Vaccination in Bombay 1889-1901 - 1889-1901
Year: 1889
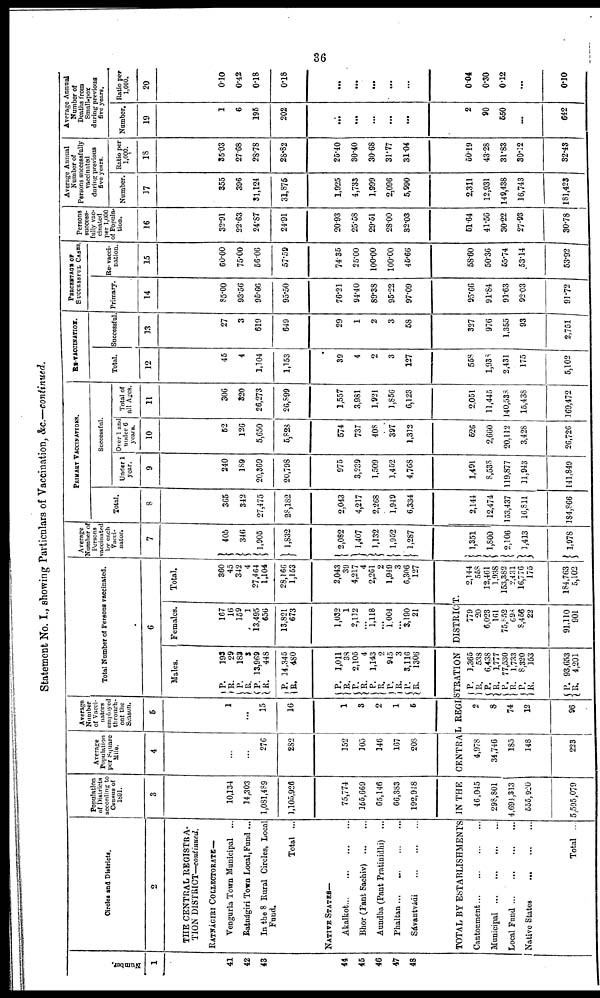
36
Statement No. I., showing Particulars of Vaccination, &c.—continued.
Number.
1
41
42
43
44
45
46
47
48
Circles and Districts.
2
THE CENTRAL REGISTRA-
TION DISTRICT—continued.
RATNÁGIRI COLLECTORATE—
Vengurla Town Municipal ...
Ratnágiri Town Local,Fund ...
In the 8 Rural Circles, Local
Fund.
Total ...
NATIVE STATES—
Akalkot...
...
...
...
Bhor (Pant Sachiv)
...
...
Aundba (Pant Pratinidhi) ...
Phaltan ... ... ... ...
Sávantvádi
...
...
...
Population
of Districts
according to
Census of
1891.
3
10,134
14,303
1,081,489
1,105,926
75,774
155,669
65,146
66,383
192,948
Average
Population
per Square
Mile.
4
...
...
276
282
152
105
146
167
208
Average
Number
of Vacci¬
nators
employed
through-
out the
Season.
5
1
...
15
16
1
3
2
1
6
Total Number of Persons vaccinated.
6
Males.
P.
R.
P.
R.
P.
R.
P.
R.
P.
R.
P.
R.
P.
R.
P.
R.
P.
R.
193
29
183
3
13,969
448
14,345
480
1,011
38
2,105
4
1,143
2
945
3
3,116
1306
Females.
167
16
159
1
13,495
656
13,821
673
1,032
1
2,112
...
1,118
...
1,004
...
3,190
21
Total.
360
45
342
4
27,464
1,104
28,166
1,153
2,043
39
4,217
4
2,261
2
1,949
3
6,306
127
TOTAL BY ESTABLISHMENTS IN THE CENTRAL REGISTRATION DISTRICT.
Cantonment
...
...
...
...
Municipal
...
...
...
...
Local Fund
...
...
...
...
Native States
...
...
...
Total ...
46,045
298,801
4,694,313
555,920
5,595,079
4,978
34,746
185
148
223
2
8
74
12
96
P.
R.
P. R.
P.
R. P.
R.
P.
R.
1,365
538
6,438
1,777
77,530
1,733
8,320
153
93,653
4,201
779
20
6,023
161
75,852
698
8,456
22
91,110
901
2,144
558
12,461
1,938
163,383
2,431
16,776
175
184,763
5,102
Average
Number of
Persons
vaccinated
by each
Vacci¬
nator.
7
405
346
1,905
1,832
2,082
1,407
1,132
1,952
1,287
1,351
1,800
2,106
3,413
1,978
PRIMARY VACCINATIONS.
Total.
8
365
342
27,475
28,182
2,043
4,217
2,268
1,949
6,334
2,144
12,474
153,437
16,811
184,866
Successful.
Under 1
year.
9
240
189
20,369
20,798
975
3,239
1,509
1,452
4,768
1,491
8,538
119,877
11,943
141,849
Over 1 and
under 6
years.
10
62
126
5,650
5,823
574
737
408
397
1,312
526
2,660
20,112
3,428
26,726
Total of
all Ages.
11
306
320
26,273
26,899
1,557
3,981
1,921
1,856
6,123
2,051
11,445
140,538
15,438
169,472
RE-VACCINATION.
Total.
12
45
4
1,104
1,153
.
39
4
2
3
127
558
1,938
2,431
175
5,102
Successful.
13
27
3
619
649
29
1
2
3
58
327
976
1,355
93
2,751
PERCENTAGE OF
SUCCESSFUL CASES.
Primary.
14
85.00
93.56
95.66
95.50
76.21
94.40
89.38
95.22
97.09
95.66
91.84
91.63
92.03
91.72
Re-vacci-
nation.
15
60.00
75.00
56.06
57.59
74.35
25.00
100.00
100.00
45.66
58.60
50.36
55.74
53.14
53.92
Persons
success-
fully vac-
cinated
per 1,000
of Popula-
tion.
16
32.91
22.63
24.87
24.91
20.93
25.58
29.61
28.00
32.03
51.64
41.56
30.22
27.93
30.78
Average Annual
Number of
Persons successfully
vaccinated
during previous
five years.
Number.
17
355
396
31,124
31,875
1,925
4,733
1,999
2,096
5,990
2,311
12,931
149,438
16,743
181,423
Ratio per
1,000.
18
35.03
27.68
28.78
28.82
26.40
30.40
30.68
31.77
31.04
50.19
43.28
31.83
30.12
32.43
Average Annual
Number of
Deaths from
Small-pox
during previous
five years.
Number.
19
1
6
196
202
...
...
...
...
...
2
90
550
...
642
Ratio per
1,000.
20
0.10
0.42
0.18
0.18
...
...
...
...
...
0.04
0.30
0.12
...
0.10